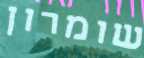
שומרון